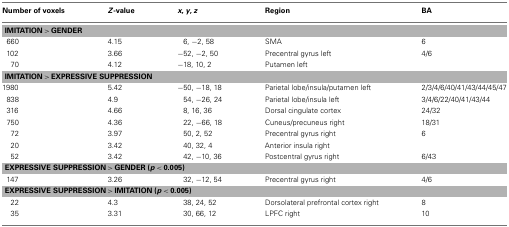
<table><thead><tr><td><b>Number of voxels</b></td><td><b><i>Z</i>-value</b></td><td><b><i>x</i>, <i>y</i>, <i>z</i></b></td><td><b>Region</b></td><td><b>BA</b></td></tr></thead><tbody><tr><td colspan="5"><b>IMITATION &gt; GENDER</b></td></tr><tr><td>660</td><td>4.15</td><td>6, −2, 58</td><td>SMA</td><td>6</td></tr><tr><td>102</td><td>3.66</td><td>−52, −2, 50</td><td>Precentral gyrus left</td><td>4/6</td></tr><tr><td>70</td><td>4.12</td><td>−18, 10, 2</td><td>Putamen left</td><td></td></tr><tr><td colspan="5"><b>IMITATION &gt; EXPRESSIVE SUPPRESSION</b></td></tr><tr><td>1980</td><td>5.42</td><td>−50, −18, 18</td><td>Parietal lobe/insula/putamen left</td><td>2/3/4/6/40/41/43/44/45/47</td></tr><tr><td>838</td><td>4.9</td><td>54, −26, 24</td><td>Parietal lobe/insula left</td><td>3/4/6/22/40/41/43/44</td></tr><tr><td>316</td><td>4.66</td><td>8, 16, 36</td><td>Dorsal cingulate cortex</td><td>24/32</td></tr><tr><td>750</td><td>4.36</td><td>22, −66, 18</td><td>Cuneus/precuneus right</td><td>18/31</td></tr><tr><td>72</td><td>3.97</td><td>50, 2, 52</td><td>Precentral gyrus right</td><td>6</td></tr><tr><td>20</td><td>3.42</td><td>40, 32, 4</td><td>Anterior insula right</td><td></td></tr><tr><td>52</td><td>3.42</td><td>42, −10, 36</td><td>Postcentral gyrus right</td><td>6/43</td></tr><tr><td colspan="5"><b>EXPRESSIVE SUPPRESSION &gt; GENDER (<i>p</i> &lt; 0.005)</b></td></tr><tr><td>147</td><td>3.26</td><td>32, −12, 54</td><td>Precentral gyrus right</td><td>4/6</td></tr><tr><td colspan="5"><b>EXPRESSIVE SUPPRESSION &gt; IMITATION (<i>p</i> &lt; 0.005)</b></td></tr><tr><td>22</td><td>4.3</td><td>38, 24, 52</td><td>Dorsolateral prefrontal cortex right</td><td>8</td></tr><tr><td>35</td><td>3.31</td><td>30, 66, 12</td><td>LPFC right</td><td>10</td></tr></tbody></table>